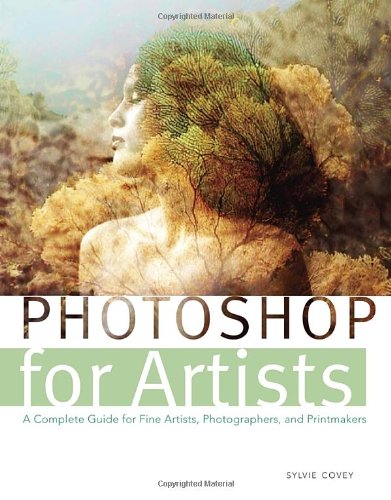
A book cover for Photoshop for Artists: A Complete Guide for Fine Artists, Photographers, and Printmakers; Sylvie Covey; Computers & Technology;